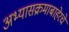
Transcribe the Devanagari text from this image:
अभ्यासक्रमाबाहेरचे